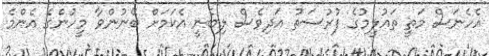
އެހެނަސް މަތީ ތައުލީމުގެ ފުރުސަތު އަދިވެސް ލިބެނީ އެކަމަށް ބޭނުންވާ މީހުންގެ އެންމެ